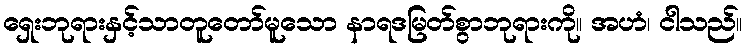
ရှေးဘုရားနှင့်သာတူတော်မူသော နာရဒမြတ်စွာဘုရားကို။ အဟံ၊ ငါသည်။